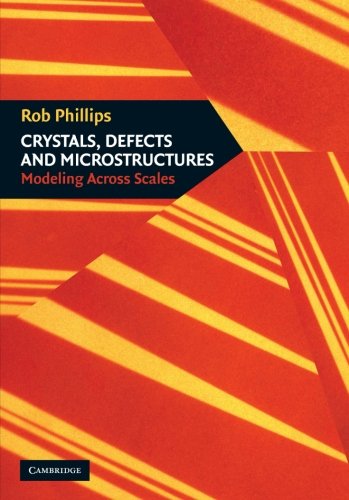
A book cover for Crystals, Defects and Microstructures: Modeling Across Scales; Rob Phillips; Science & Math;